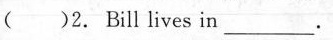
( )2.Bill lives in ___.